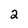
Character: 2